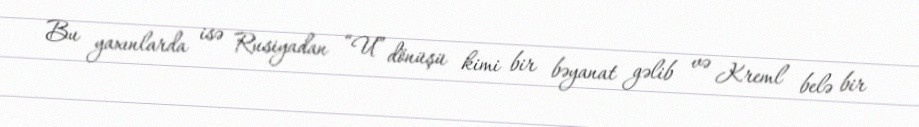
Bu yaxınlarda isə Rusiyadan “U” dönüşü kimi bir bəyanat gəlib və Kreml belə bir